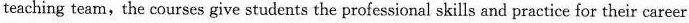
teaching team,the courses give students the professional skills and practice for their career